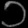
Digit: ၁